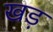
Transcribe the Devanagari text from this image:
खड़